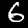
Label: 6